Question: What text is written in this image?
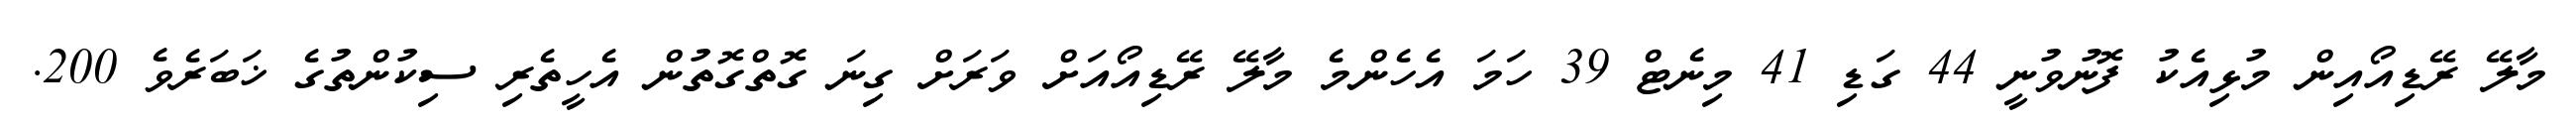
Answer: މާލޭ ރޭޑިއޯއިން މުޅިއެކު ފޮނުވުނީ 44 ގަޑި 41 މިނެޓް 39 ހަމަ އެހެންމެ މާލޭ ރޭޑިއޯއަށް ވަރަށް ގިނަ ގޮތްގޮތުން އެހީތެރި ސިކުންތުގެ ޚަބަރެވެ 200.